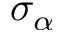
\sigma _ { \alpha }